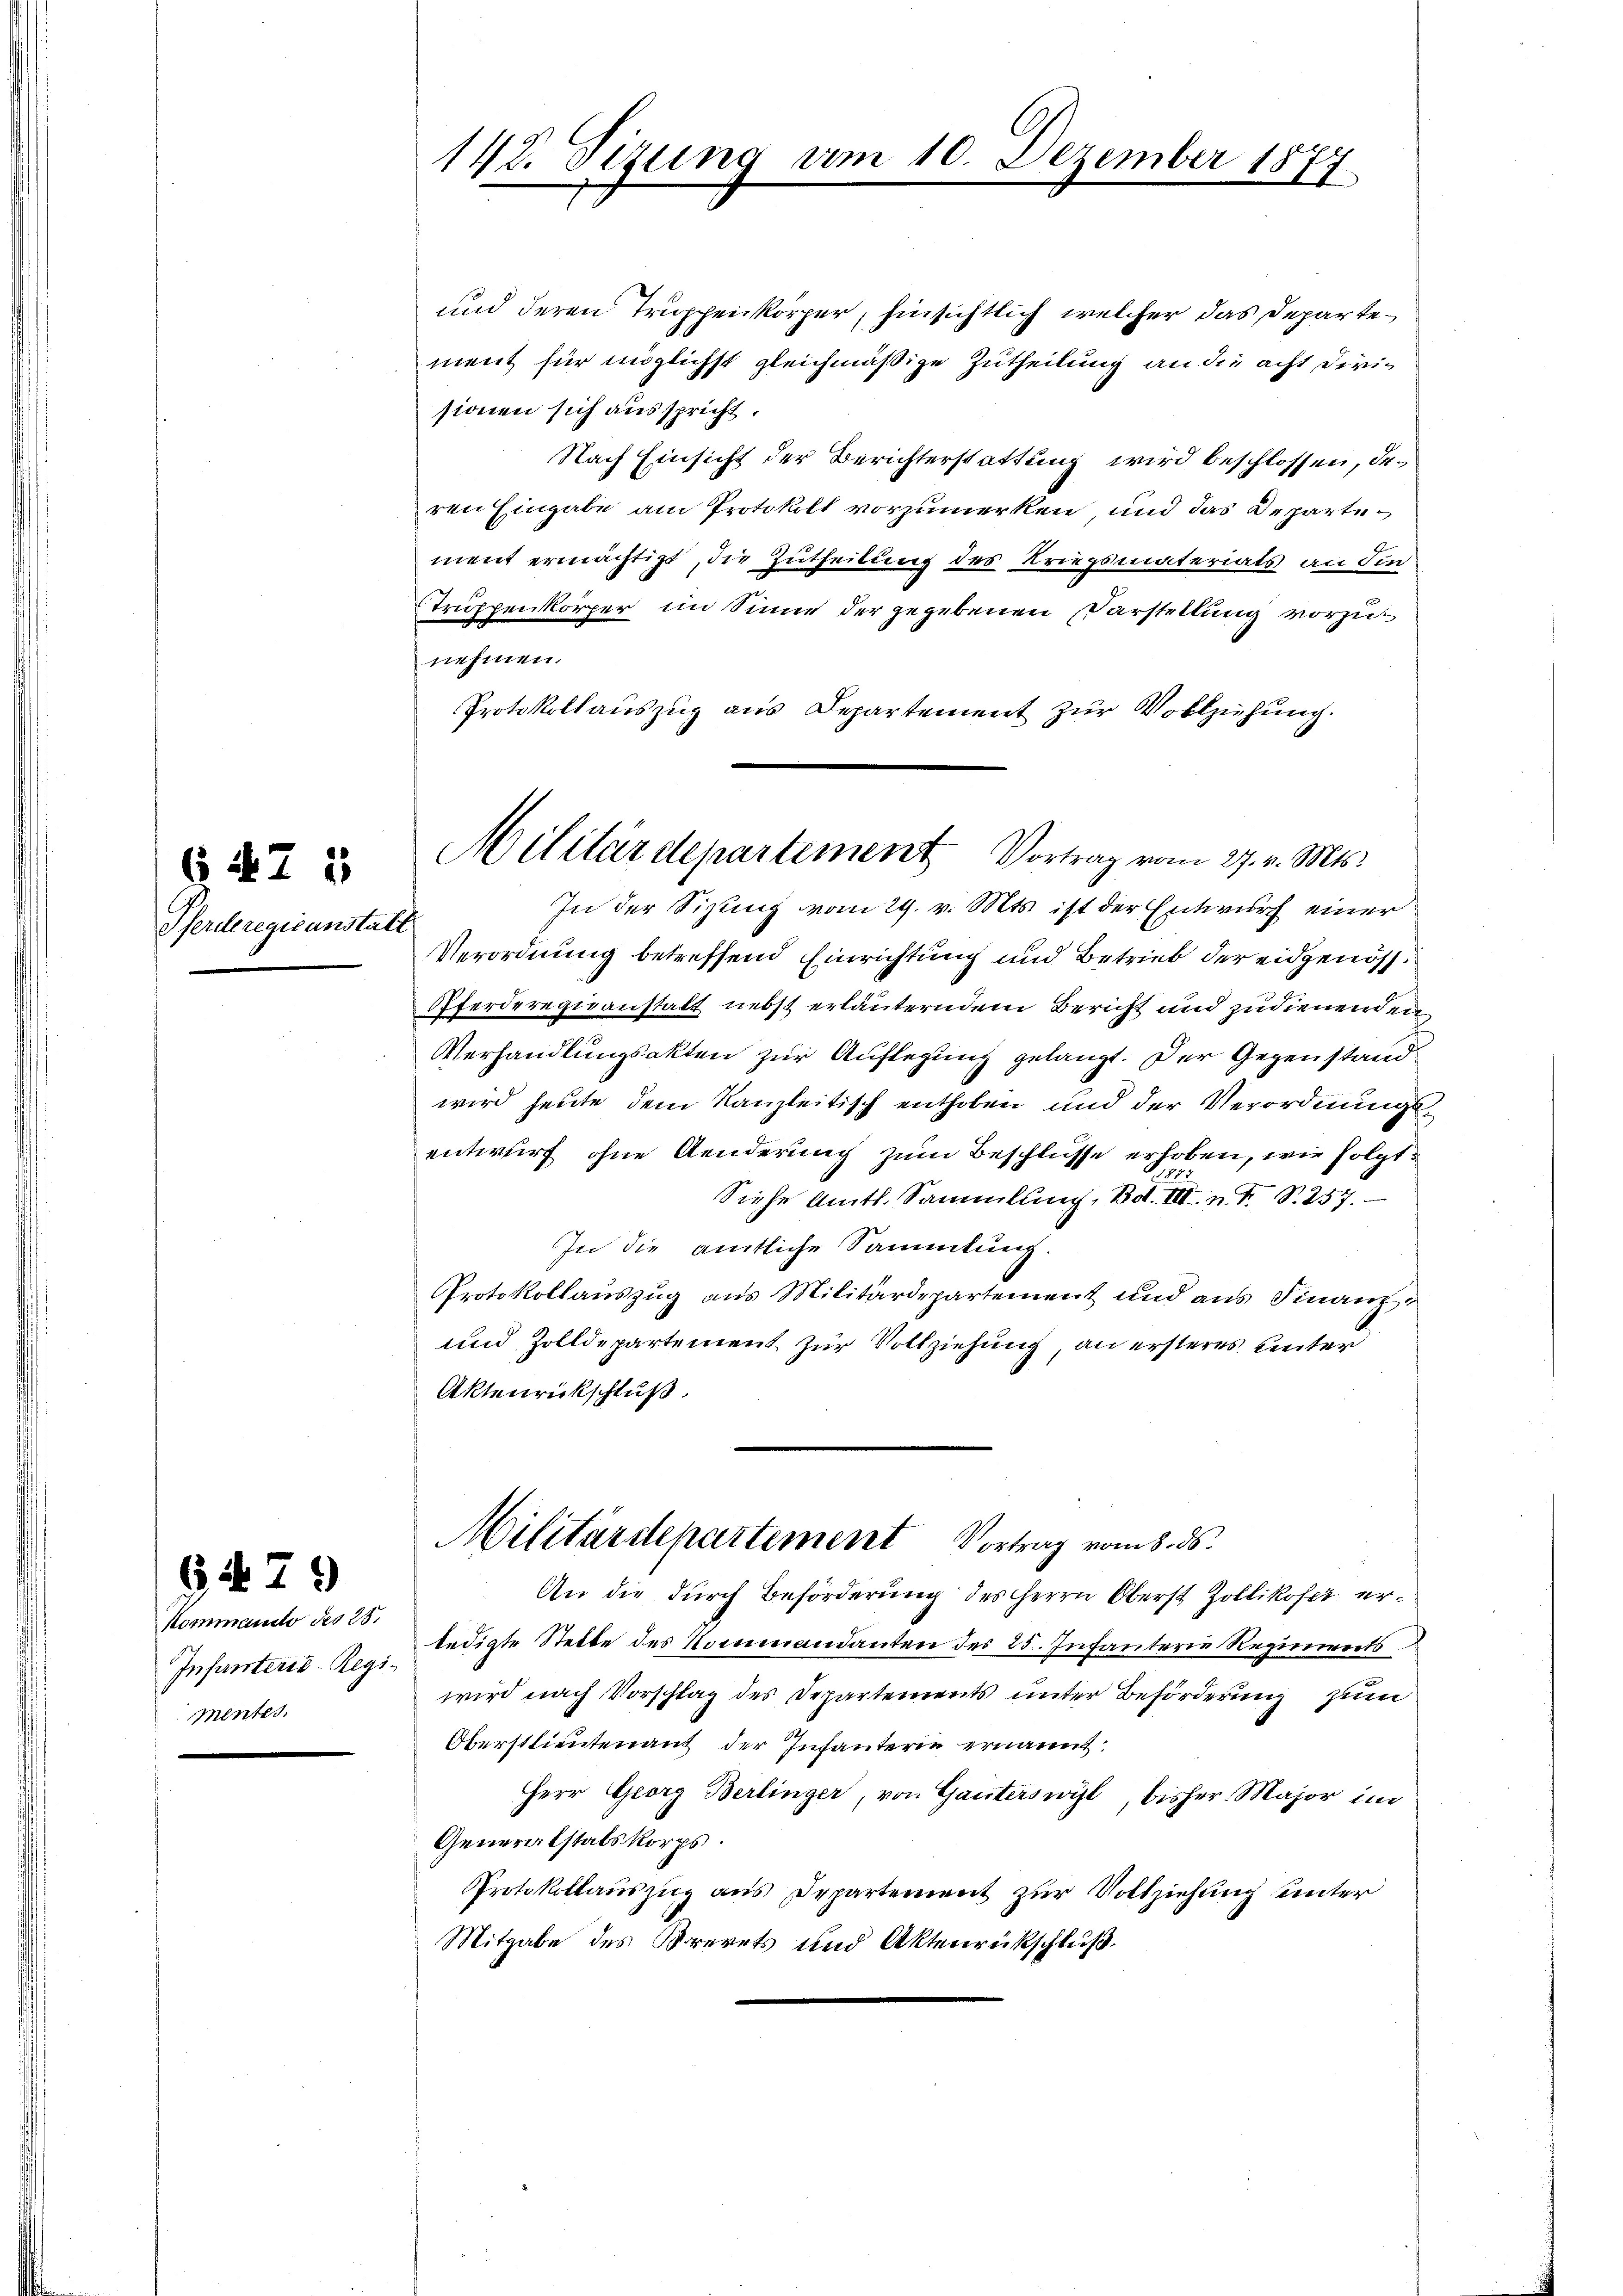
Pferderegieanstalt

647 1

9429

Kommando des 28.
Infanterie-Regi¬
Mentes.

142. Sizung am 10. Dezember 1877

Militärdepartement Vortrag vom 27. v. Mts.

und deren Truppenkörper, hinsichtlich welcher das Departement für möglichst gleichmäßige Zutheilung an die acht Dirisionen sich ausspricht.
Nach Einsicht der Berichterstattung wird beschlossen, des
ren Eingabe am Protokoll vorzumerken und das Departement ermächtigt, die Zutheilung des Kriegsmaterials an Fin
Truppenkörper im Sinne der gegebenen Darstellung vorzut
nehmen.
Protokollauszug aus Departement zur Vollziehung.
In der Sizig vom 29. v. Mts. ist der Entwurf einer
Verordnung betreffend Einrichtung und Betrieb der eidgenöss¬
Pferderegieanstalt nebst erläuterndem Bericht und zudienenden,
Verhandlungsakten zur Auflegung gelangt. Der Gegenstand
wird heute dem Kanzleitisch enthoben und der Verordnungsentwurf ohne Aenderung zum Beschlüsse erhoben, wie folgt:
Siehe Amts Sammlung, Bd. III n. F. S. 257.
In die amtliche Sammlung.
Protokollauszug aus Militärdepartement und aus Finanz¬
und Zolldepartement zur Vollziehung an ersteres unter
Aktenrückschluß.

Militärdepartement Vortrag vom 8. ds.

An die durch Beförderung des Herrn Oberst Zollikofer erledigte Stelle des Kommandanten des 25. Infanterie Regiments
wird nach Vorschlag des Departements unter Beförderung zum
Oberstlieutenant der Infanterie ernannt:
HHerr Georg Berlinger, von Ganterswyl, bisher Major im
Generabstalskorps.
Protokollauszug aus Departement zur Vollziehung unter
Mitgabe des Brevets und Aktenrückschluß.